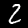
Label: 2